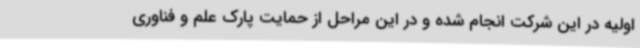
اولیه در این شرکت انجام شده و در این مراحل از حمایت پارک علم و فناوری